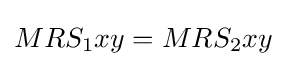
MRS_{1}xy=MRS_{2}xy